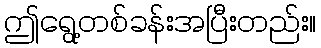
ဤရွေ့တစ်ခန်းအပြီးတည်း။